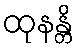
ထုနန္တိ